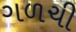
ગળચી